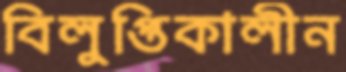
বিলুপ্তিকালীন